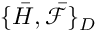
\{ \bar { H } , \bar { \mathcal { F } } \} _ { D }